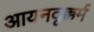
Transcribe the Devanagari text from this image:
आयनदृक्कर्म